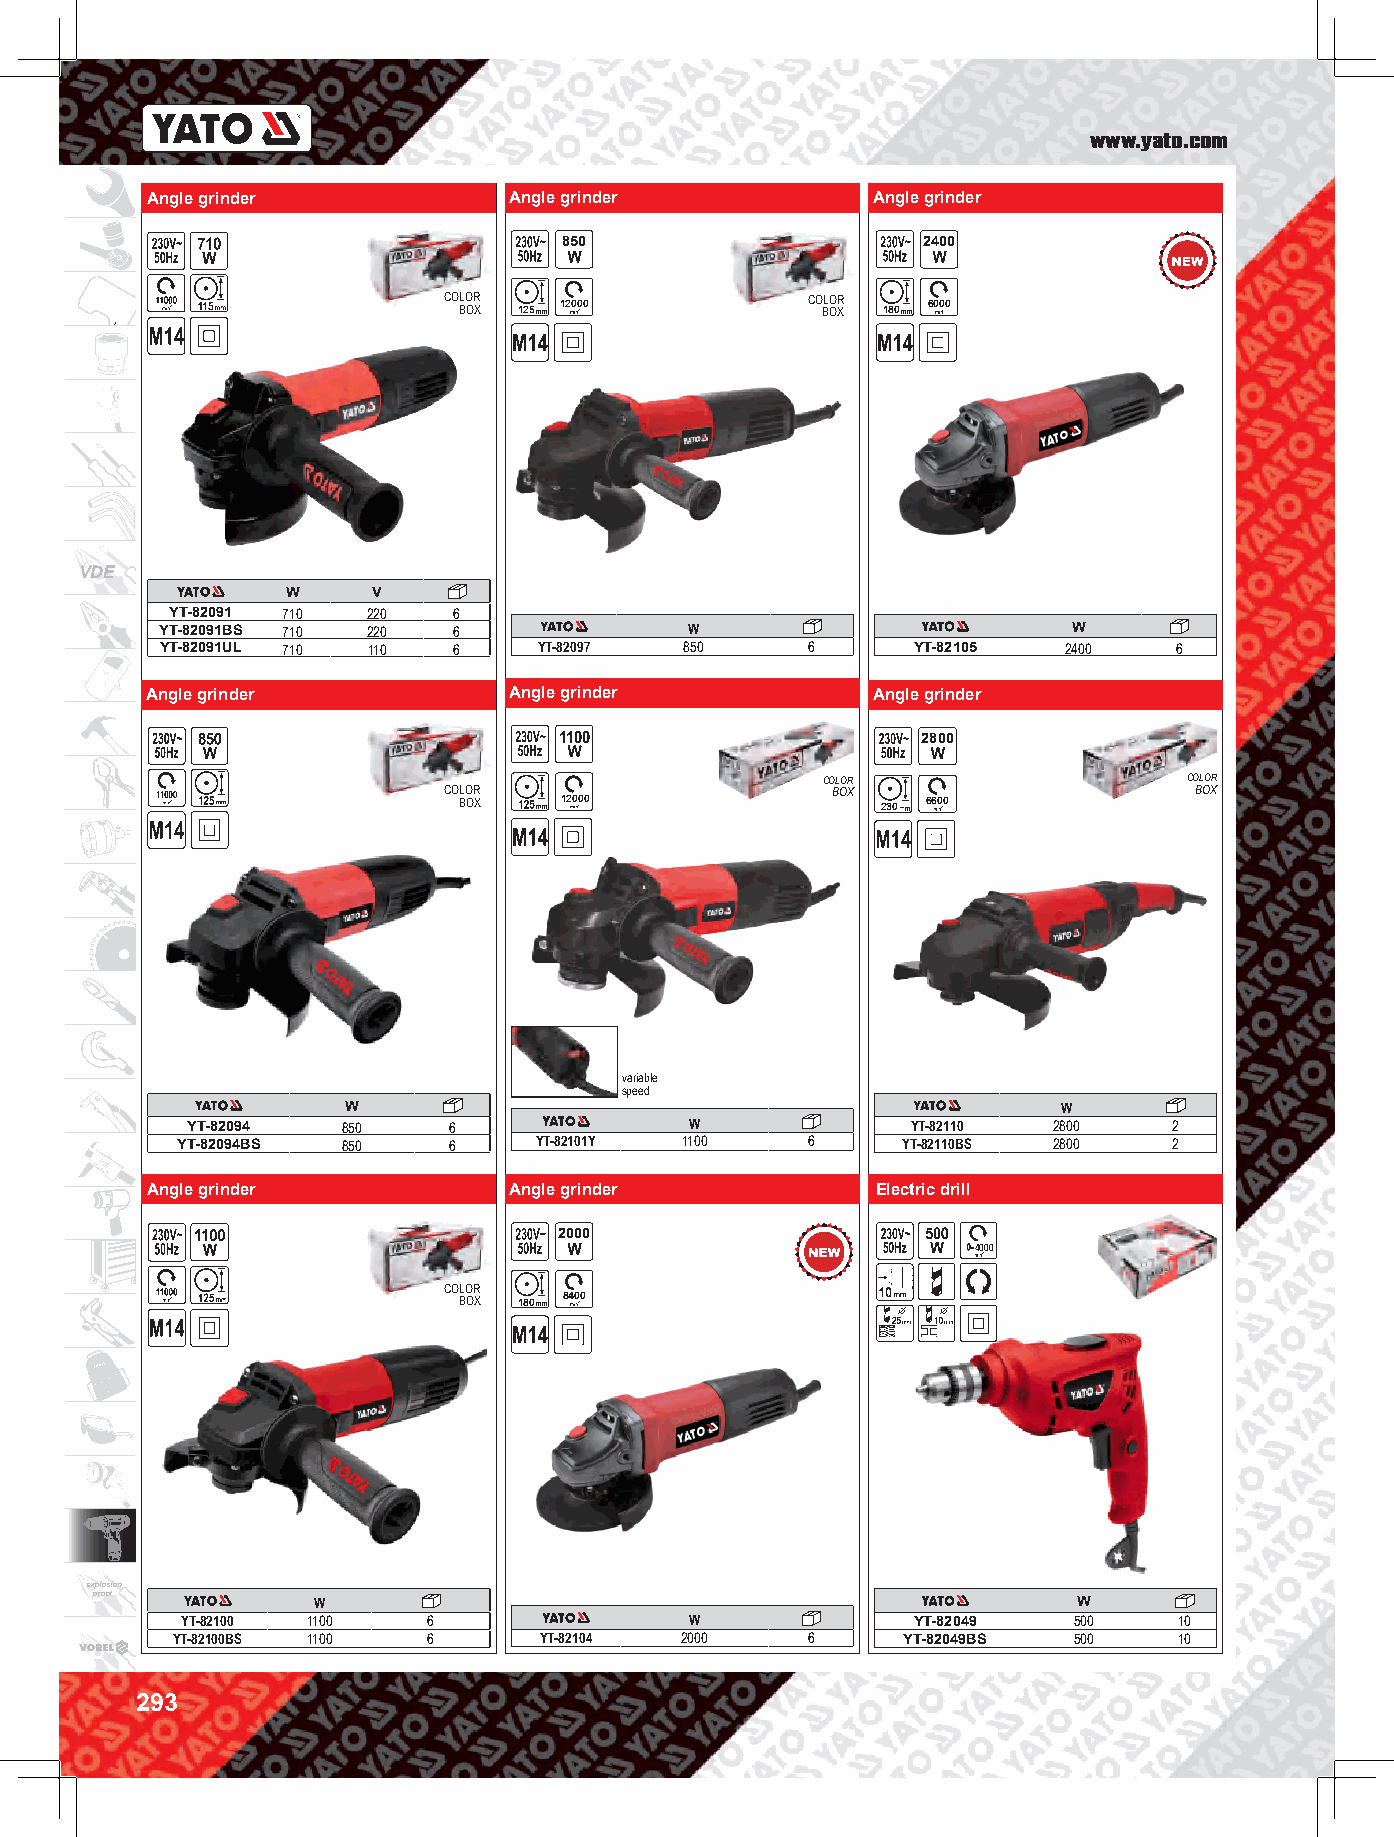
www.yato.com
 Angle grinder           Angle grinder           Angle grinder
 850                     2400
 CO BLO OR X 125 12000   CO BLO OR X 180 6000
 VDE
 W     V
 YT-82091 710 220   6
 YT-82091BS 710 220 6               W                        W
 YT-82091UL 710 110 6     YT-82097 850      6     YT-82105   2400   6
 Angle grinder           Angle grinder           Angle grinder
 2800
 COLOR                    COLOR
 COLOR                     BOX                     BOX
 BOX    12000                230 6600
 variable
 speed
 W                                              W
 YT-82094   850    6               W             YT-82110  2800    2
 YT-82094BS 850    6    YT-82101Y 1100    6      YT-82110BS 2800   2
 Angle grinder           Angle grinder           Electric drill
 2000
 4000
 COLOR
 BOX 180 8400
 explosion
 proof          W                                                 W
 YT-82100 1100   6                 W             YT-82049   500    10
 YT-82100BS 1100  6       YT-82104 2000    6      YT-82049BS 500    10
 293